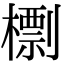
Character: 檦